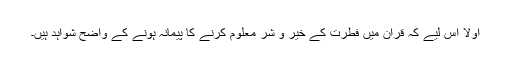
اولاً اس لیے کہ قرآن میں فطرت کے خیر و شر معلوم کرنے کا پیمانہ ہونے کے واضح شواہد ہیں۔